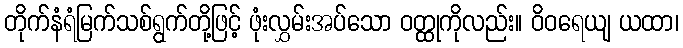
တိုက်နံရံမြက်သစ်ရွက်တို့ဖြင့် ဖုံးလွှမ်းအပ်သော ဝတ္ထုကိုလည်း။ ဝိဝရေယျ ယထာ၊